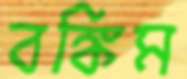
বঙ্কিম